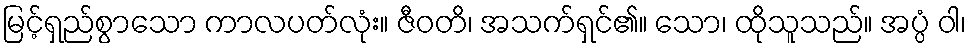
မြင့်ရှည်စွာသော ကာလပတ်လုံး။ ဇီဝတိ၊ အသက်ရှင်၏။ သော၊ ထိုသူသည်။ အပ္ပံ ဝါ၊